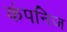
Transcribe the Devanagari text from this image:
कंपनिज